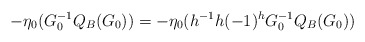
\begin{align*}-\eta_0(G_0^{-1}Q_B(G_0))=-\eta_0(h^{-1}h(-1)^{h} G_0^{-1}Q_B(G_0))\end{align*}